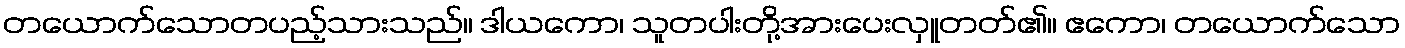
တယောက်သောတပည့်သားသည်။ ဒါယကော၊ သူတပါးတို့အားပေးလှူတတ်၏။ ဧကော၊ တယောက်သော